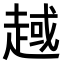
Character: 𧼑